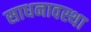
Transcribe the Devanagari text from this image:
साधनावस्था